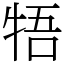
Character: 牾